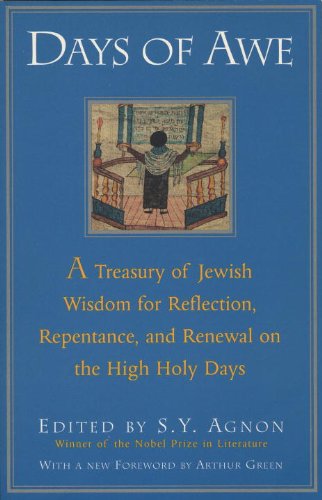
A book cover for Days of Awe: A Treasury of Jewish Wisdom for Reflection, Repentance, and Renewal  on the High  Holy Days; Shmuel Yosef Agnon; Religion & Spirituality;